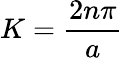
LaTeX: K={\frac{2n\pi}{a}}